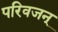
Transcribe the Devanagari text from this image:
परिवजन्